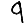
Digit: 9